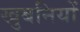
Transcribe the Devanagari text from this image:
खुबनियों